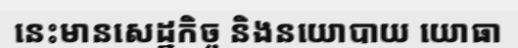
នេះមានសេដ្ឋកិច្ច និងនយោបាយ យោធា